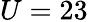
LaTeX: U=23